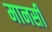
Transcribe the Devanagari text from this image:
मानसीं